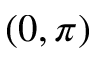
( 0 , \pi )